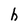
Character: h